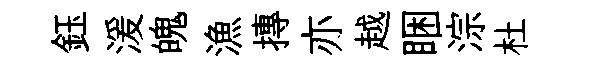
鈺湲魄漁摶亦越睏淙杜